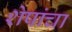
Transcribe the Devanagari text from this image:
शेषांचा